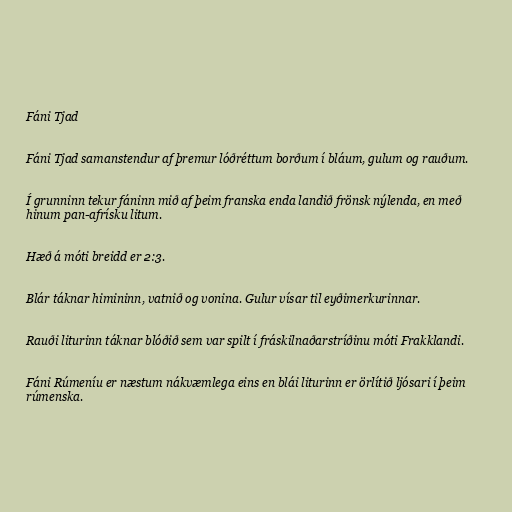
Fáni Tjad

Fáni Tjad samanstendur af þremur lóðréttum borðum í bláum, gulum og rauðum.

Í grunninn tekur fáninn mið af þeim franska enda landið frönsk nýlenda, en með
hinum pan-afrísku litum.

Hæð á móti breidd er 2:3.

Blár táknar himininn, vatnið og vonina. Gulur vísar til eyðimerkurinnar.

Rauði liturinn táknar blóðið sem var spilt í fráskilnaðarstríðinu móti Frakklandi.

Fáni Rúmeníu er næstum nákvæmlega eins en blái liturinn er örlítið ljósari í þeim
rúmenska.